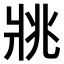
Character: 𤕷